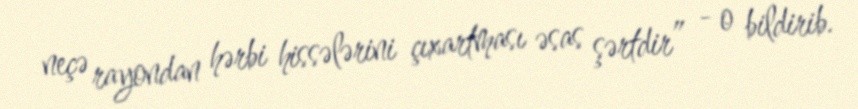
neçə rayondan hərbi hissələrini çıxartması əsas şərtdir” - o bildirib.